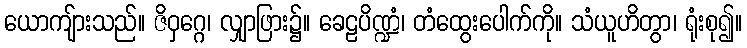
ယောကျ်ားသည်။ ဇိဝှဂ္ဂေ၊ လျှာဖြား၌။ ခေဠပိဏ္ဍံ၊ တံထွေးပေါက်ကို။ သံယူဟိတွာ၊ ရုံးစု၍။